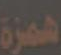
همزة